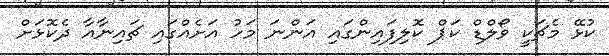
ކުޅޭ މެޗަކީ ވޯލްޑް ކަޕް ކޮލިފައިންގައި އަންނަ މަހު އަށެއްގައި ޗައިނާއާ ދެކޮޅަށް